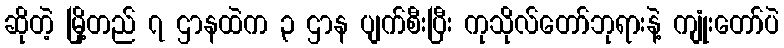
ဆိုတဲ့ မြို့တည် ၇ ဌာနထဲက ၃ ဌာန ပျက်စီးပြီး ကုသိုလ်တော်ဘုရားနဲ့ ကျုံးတော်ပဲ